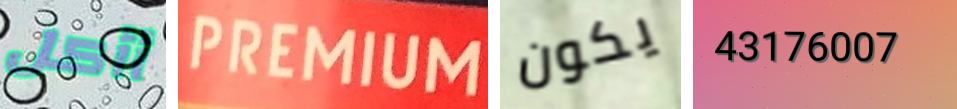
أأكل PREMIUM يكون 43176007